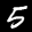
Label: 5